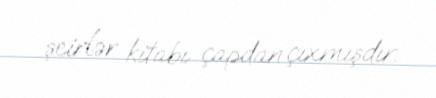
şeirlər kitabı çapdan çıxmışdır.